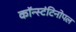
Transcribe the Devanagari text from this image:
कॉन्स्टंटिनोपल